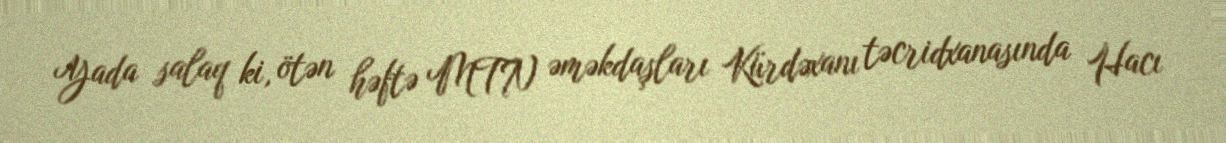
Yada salaq ki, ötən həftə MTN əməkdaşları Kürdəxanı təcridxanasında Hacı